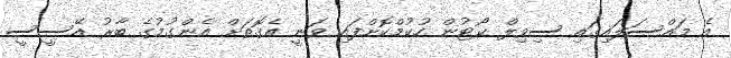
އެ މައްސަލައިގައި ސިވިލް ކޯޓުން ހުކުމްކޮށްފައި ވަނީ އެގޮތަށް އެންގުމުގެ ބާރު އޭސީސީ